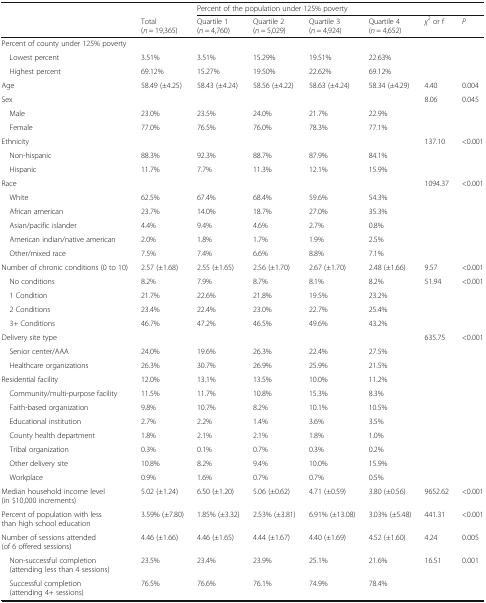
<table><thead><tr><td>[EMPTY_CELL]</td><td>[EMPTY_CELL]</td><td colspan="6"><b>Percent of the population under 125% poverty</b></td></tr><tr><td>[EMPTY_CELL]</td><td><b>Total (<i>n</i> = 19,365)</b></td><td><b>Quartile 1 (<i>n</i> = 4,760)</b></td><td><b>Quartile 2 (<i>n</i> = 5,029)</b></td><td><b>Quartile 3 (<i>n</i> = 4,924)</b></td><td><b>Quartile 4 (<i>n</i> = 4,652)</b></td><td><b><i>χ</i><sup>2</sup> or f</b></td><td><b><i>P</i></b></td></tr></thead><tbody><tr><td colspan="8">Percent of county under 125% poverty</td></tr><tr><td> Lowest percent</td><td>3.51%</td><td>3.51%</td><td>15.29%</td><td>19.51%</td><td>22.63%</td><td>[EMPTY_CELL]</td><td>[EMPTY_CELL]</td></tr><tr><td> Highest percent</td><td>69.12%</td><td>15.27%</td><td>19.50%</td><td>22.62%</td><td>69.12%</td><td>[EMPTY_CELL]</td><td>[EMPTY_CELL]</td></tr><tr><td>Age</td><td>58.49 (±4.25)</td><td>58.43 (±4.24)</td><td>58.56 (±4.22)</td><td>58.63 (±4.24)</td><td>58.34 (±4.29)</td><td>4.40</td><td>0.004</td></tr><tr><td>Sex</td><td>[EMPTY_CELL]</td><td>[EMPTY_CELL]</td><td>[EMPTY_CELL]</td><td>[EMPTY_CELL]</td><td>[EMPTY_CELL]</td><td>8.06</td><td>0.045</td></tr><tr><td> Male</td><td>23.0%</td><td>23.5%</td><td>24.0%</td><td>21.7%</td><td>22.9%</td><td>[EMPTY_CELL]</td><td>[EMPTY_CELL]</td></tr><tr><td> Female</td><td>77.0%</td><td>76.5%</td><td>76.0%</td><td>78.3%</td><td>77.1%</td><td>[EMPTY_CELL]</td><td>[EMPTY_CELL]</td></tr><tr><td>Ethnicity</td><td>[EMPTY_CELL]</td><td>[EMPTY_CELL]</td><td>[EMPTY_CELL]</td><td>[EMPTY_CELL]</td><td>[EMPTY_CELL]</td><td>137.10</td><td>&lt;0.001</td></tr><tr><td> Non-hispanic</td><td>88.3%</td><td>92.3%</td><td>88.7%</td><td>87.9%</td><td>84.1%</td><td>[EMPTY_CELL]</td><td>[EMPTY_CELL]</td></tr><tr><td> Hispanic</td><td>11.7%</td><td>7.7%</td><td>11.3%</td><td>12.1%</td><td>15.9%</td><td>[EMPTY_CELL]</td><td>[EMPTY_CELL]</td></tr><tr><td>Race</td><td>[EMPTY_CELL]</td><td>[EMPTY_CELL]</td><td>[EMPTY_CELL]</td><td>[EMPTY_CELL]</td><td>[EMPTY_CELL]</td><td>1094.37</td><td>&lt;0.001</td></tr><tr><td> White</td><td>62.5%</td><td>67.4%</td><td>68.4%</td><td>59.6%</td><td>54.3%</td><td>[EMPTY_CELL]</td><td>[EMPTY_CELL]</td></tr><tr><td> African american</td><td>23.7%</td><td>14.0%</td><td>18.7%</td><td>27.0%</td><td>35.3%</td><td>[EMPTY_CELL]</td><td>[EMPTY_CELL]</td></tr><tr><td> Asian/pacific islander</td><td>4.4%</td><td>9.4%</td><td>4.6%</td><td>2.7%</td><td>0.8%</td><td>[EMPTY_CELL]</td><td>[EMPTY_CELL]</td></tr><tr><td> American indian/native american</td><td>2.0%</td><td>1.8%</td><td>1.7%</td><td>1.9%</td><td>2.5%</td><td>[EMPTY_CELL]</td><td>[EMPTY_CELL]</td></tr><tr><td> Other/mixed race</td><td>7.5%</td><td>7.4%</td><td>6.6%</td><td>8.8%</td><td>7.1%</td><td>[EMPTY_CELL]</td><td>[EMPTY_CELL]</td></tr><tr><td>Number of chronic conditions (0 to 10)</td><td>2.57 (±1.68)</td><td>2.55 (±1.65)</td><td>2.56 (±1.70)</td><td>2.67 (±1.70)</td><td>2.48 (±1.66)</td><td>9.57</td><td>&lt;0.001</td></tr><tr><td> No conditions</td><td>8.2%</td><td>7.9%</td><td>8.7%</td><td>8.1%</td><td>8.2%</td><td>51.94</td><td>&lt;0.001</td></tr><tr><td> 1 Condition</td><td>21.7%</td><td>22.6%</td><td>21.8%</td><td>19.5%</td><td>23.2%</td><td>[EMPTY_CELL]</td><td>[EMPTY_CELL]</td></tr><tr><td> 2 Conditions</td><td>23.4%</td><td>22.4%</td><td>23.0%</td><td>22.7%</td><td>25.4%</td><td>[EMPTY_CELL]</td><td>[EMPTY_CELL]</td></tr><tr><td> 3+ Conditions</td><td>46.7%</td><td>47.2%</td><td>46.5%</td><td>49.6%</td><td>43.2%</td><td>[EMPTY_CELL]</td><td>[EMPTY_CELL]</td></tr><tr><td>Delivery site type</td><td>[EMPTY_CELL]</td><td>[EMPTY_CELL]</td><td>[EMPTY_CELL]</td><td>[EMPTY_CELL]</td><td>[EMPTY_CELL]</td><td>635.75</td><td>&lt;0.001</td></tr><tr><td> Senior center/AAA</td><td>24.0%</td><td>19.6%</td><td>26.3%</td><td>22.4%</td><td>27.5%</td><td>[EMPTY_CELL]</td><td>[EMPTY_CELL]</td></tr><tr><td> Healthcare organizations</td><td>26.3%</td><td>30.7%</td><td>26.9%</td><td>25.9%</td><td>21.5%</td><td>[EMPTY_CELL]</td><td>[EMPTY_CELL]</td></tr><tr><td>Residential facility</td><td>12.0%</td><td>13.1%</td><td>13.5%</td><td>10.0%</td><td>11.2%</td><td>[EMPTY_CELL]</td><td>[EMPTY_CELL]</td></tr><tr><td> Community/multi-purpose facility</td><td>11.5%</td><td>11.7%</td><td>10.8%</td><td>15.3%</td><td>8.3%</td><td>[EMPTY_CELL]</td><td>[EMPTY_CELL]</td></tr><tr><td> Faith-based organization</td><td>9.8%</td><td>10.7%</td><td>8.2%</td><td>10.1%</td><td>10.5%</td><td>[EMPTY_CELL]</td><td>[EMPTY_CELL]</td></tr><tr><td> Educational institution</td><td>2.7%</td><td>2.2%</td><td>1.4%</td><td>3.6%</td><td>3.5%</td><td>[EMPTY_CELL]</td><td>[EMPTY_CELL]</td></tr><tr><td> County health department</td><td>1.8%</td><td>2.1%</td><td>2.1%</td><td>1.8%</td><td>1.0%</td><td>[EMPTY_CELL]</td><td>[EMPTY_CELL]</td></tr><tr><td> Tribal organization</td><td>0.3%</td><td>0.1%</td><td>0.7%</td><td>0.3%</td><td>0.2%</td><td>[EMPTY_CELL]</td><td>[EMPTY_CELL]</td></tr><tr><td> Other delivery site</td><td>10.8%</td><td>8.2%</td><td>9.4%</td><td>10.0%</td><td>15.9%</td><td>[EMPTY_CELL]</td><td>[EMPTY_CELL]</td></tr><tr><td> Workplace</td><td>0.9%</td><td>1.6%</td><td>0.7%</td><td>0.7%</td><td>0.5%</td><td>[EMPTY_CELL]</td><td>[EMPTY_CELL]</td></tr><tr><td>Median household income level (in $10,000 increments)</td><td>5.02 (±1.24)</td><td>6.50 (±1.20)</td><td>5.06 (±0.62)</td><td>4.71 (±0.59)</td><td>3.80 (±0.56)</td><td>9652.62</td><td>&lt;0.001</td></tr><tr><td>Percent of population with less than high school education</td><td>3.59% (±7.80)</td><td>1.85% (±3.32)</td><td>2.53% (±3.81)</td><td>6.91% (±13.08)</td><td>3.03% (±5.48)</td><td>441.31</td><td>&lt;0.001</td></tr><tr><td>Number of sessions attended (of 6 offered sessions)</td><td>4.46 (±1.66)</td><td>4.46 (±1.65)</td><td>4.44 (±1.67)</td><td>4.40 (±1.69)</td><td>4.52 (±1.60)</td><td>4.24</td><td>0.005</td></tr><tr><td> Non-successful completion (attending less than 4 sessions)</td><td>23.5%</td><td>23.4%</td><td>23.9%</td><td>25.1%</td><td>21.6%</td><td>16.51</td><td>0.001</td></tr><tr><td> Successful completion (attending 4+ sessions)</td><td>76.5%</td><td>76.6%</td><td>76.1%</td><td>74.9%</td><td>78.4%</td><td>[EMPTY_CELL]</td><td>[EMPTY_CELL]</td></tr></tbody></table>